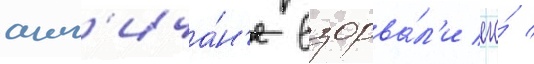
англ'ича́н'е взорва́л'и его́ /